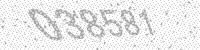
Solution: 038581